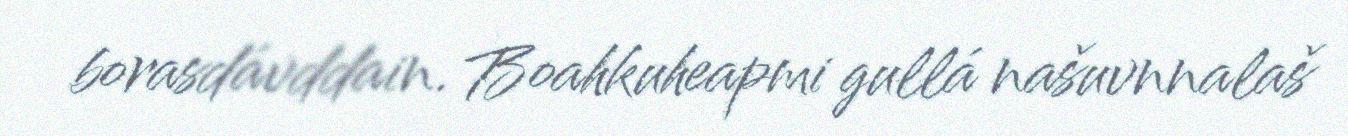
borasdávddain. Boahkuheapmi gullá našuvnnalaš